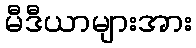
မီဒီယာများအား